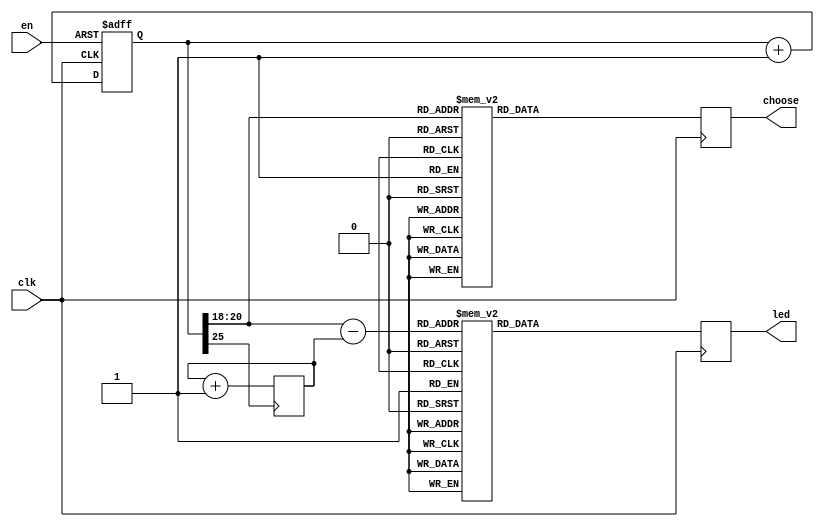
module seven_light(
    input clk,
    input en,
    output [7:0] led,
    output [7:0] choose
    );
	//HELLO
	reg [7:0] led;
	reg [7:0] choose;
	reg [26:0] counter=0;
	reg [2:0] temp=0;//
	
	//choose:AN7-AN0
	//led:CA-CG+DP

	always @(posedge clk,posedge en)
	begin
		if(en)
		begin
		counter <= 0;
		end
		else
		begin
		counter <= counter+1;
		end
	end
	
	always @(posedge clk)
	begin
			case(counter[20:18])
				3'b000:choose=8'b01111111;
				
				3'b001:choose=8'b10111111;
				
				3'b010:choose=8'b11011111;
				
				3'b011:choose=8'b11101111;
				
				3'b100:choose=8'b11110111;
				
				3'b101:choose=8'b11111011;
				
				3'b110:choose=8'b11111101;
				
				3'b111:choose=8'b11111110;
				
			endcase
	end
	
	always @(posedge counter[25])
	begin
		temp=temp+1;
	end
	
	always @(posedge clk)
	begin
			case(counter[20:18]-temp)//-temp
				3'b000:led=8'b11111111;
						 
				3'b001:led=8'b11111111;
						 
				3'b010:led=8'b11111111;
						 
				3'b011:led=8'b10010001;
						 
				3'b100:led=8'b01100001;
						 
				3'b101:led=8'b11100011;
						 
				3'b110:led=8'b11100011;
						 
				3'b111:led=8'b00000011;
						 
			endcase
	end
endmodule